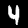
Digit: 4